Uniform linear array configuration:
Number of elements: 8
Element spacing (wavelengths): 0.25
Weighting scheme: cosine
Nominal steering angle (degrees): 45
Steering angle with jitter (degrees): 44.877
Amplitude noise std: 0.05
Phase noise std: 0.05

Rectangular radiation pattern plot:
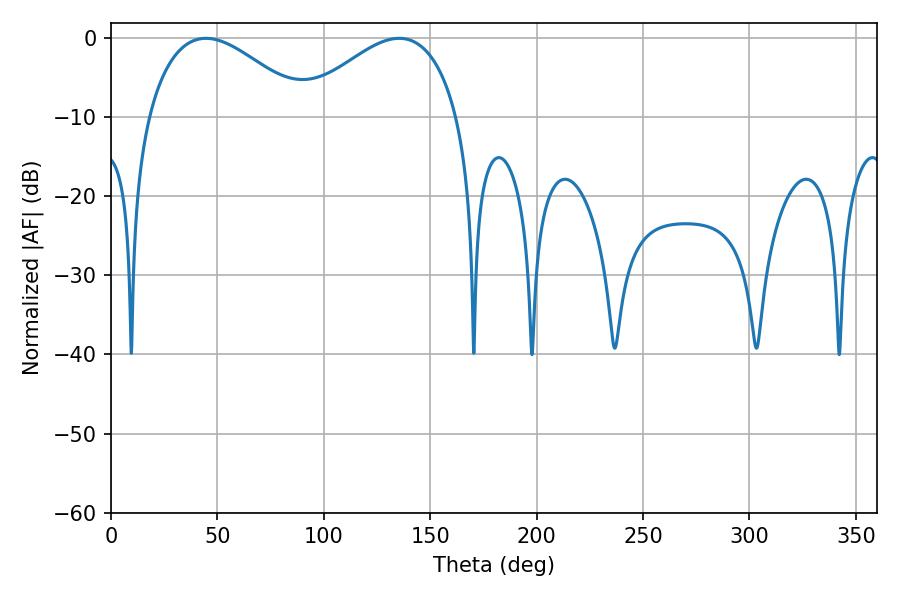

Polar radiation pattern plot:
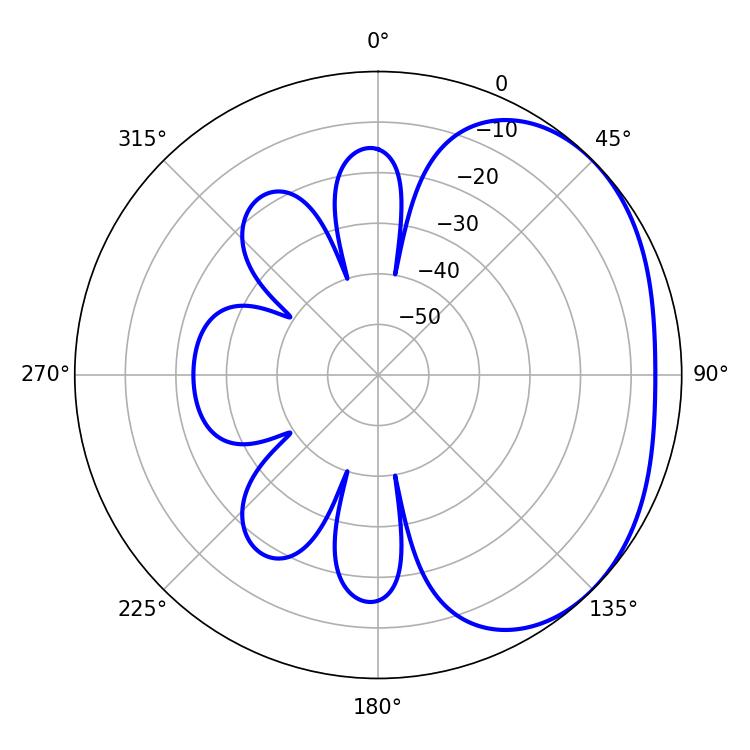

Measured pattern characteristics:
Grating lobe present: FALSE
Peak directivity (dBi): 2.482
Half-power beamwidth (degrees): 41.04
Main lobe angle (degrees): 44.64